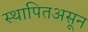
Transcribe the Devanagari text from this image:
स्थापितअसून